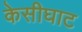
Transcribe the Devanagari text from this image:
केसीघाट